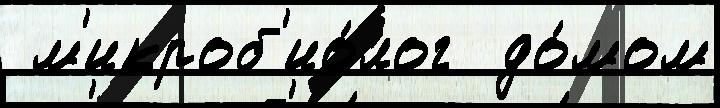
 м'икроб'ио́лог  до́мом